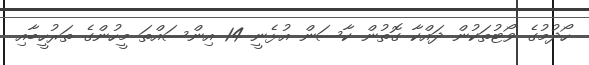
ހޯދުމުގެ ވޯޓުތަކުން ދައްކާ ގޮތުން ކާސަން އުޅެނީ 14 އިންސައްތަ މީހުންގެ ތަރުހީބާއި